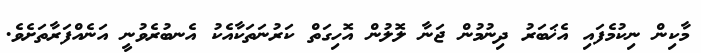
މާކިން ނިކުމެފައި އެޚަބަރު ދިނުމުން ޖަނާ ލޮލުން އޮހިގަތް ކަރުނަތަކާއެކު އެނބުރެވުނީ އަނެއްފަރާތަށެވެ.